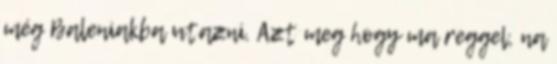
még Baleniakba utazni. Azt meg hogy ma reggel, na